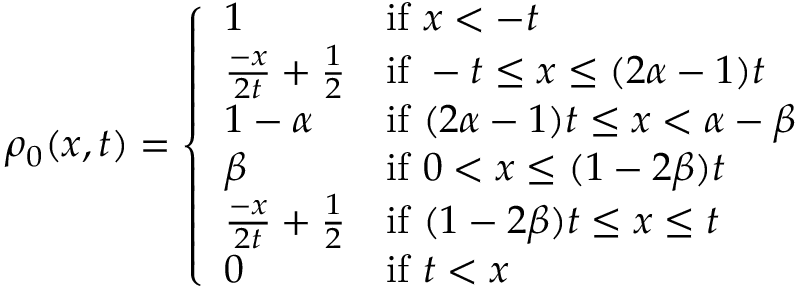
\rho _ { 0 } ( x , t ) = \left\{ \begin{array} { l l } { 1 } & { \mathrm { i f ~ } x < - t } \\ { \frac { - x } { 2 t } + \frac { 1 } { 2 } } & { \mathrm { i f ~ } - t \leq x \leq ( 2 \alpha - 1 ) t } \\ { 1 - \alpha } & { \mathrm { i f ~ } ( 2 \alpha - 1 ) t \leq x < \alpha - \beta } \\ { \beta } & { \mathrm { i f ~ } 0 < x \leq ( 1 - 2 \beta ) t } \\ { \frac { - x } { 2 t } + \frac { 1 } { 2 } } & { \mathrm { i f ~ } ( 1 - 2 \beta ) t \leq x \leq t } \\ { 0 } & { \mathrm { i f ~ } t < x } \end{array} \right.